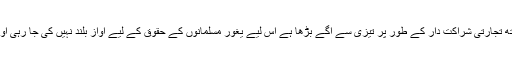
اخبار کے مطابق چونکہ چین گذشتہ چند برسوں میں مشرق وسطی کی ریاستوں کے ساتھ تجارتی شراکت دار کے طور پر تیزی سے آگے بڑھا ہے اس لیے یغور مسلمانوں کے حقوق کے لیے آواز بلند نہیں کی جا رہی اور اب سعودی ولی عہد کے بیان کے بعد چینی مسلمان اقلیت میں مایوسی پھیل گئی ہے ۔